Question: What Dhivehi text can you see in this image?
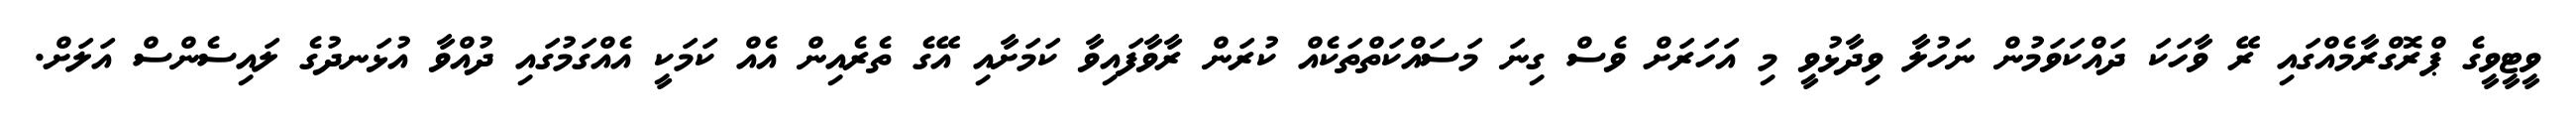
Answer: ވީޓީވީގެ ޕްރޮގްރާމެއްގައި ރޭ ވާހަކަ ދައްކަވަމުން ނަހުލާ ވިދާޅުވީ މި އަހަރަށް ވެސް ގިނަ މަސައްކަތްތަކެއް ކުރަން ރާވާފައިވާ ކަމަށާއި އޭގެ ތެރެއިން އެއް ކަމަކީ އެއްގަމުގައި ދުއްވާ އުޅަނދުގެ ލައިސެންސް އަލަށް.